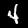
Label: 4